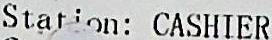
STATION: CASHIER